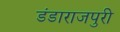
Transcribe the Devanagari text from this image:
डंडाराजपुरी